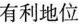
有利地位